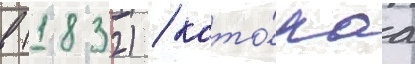
в (1832) / кото́раа